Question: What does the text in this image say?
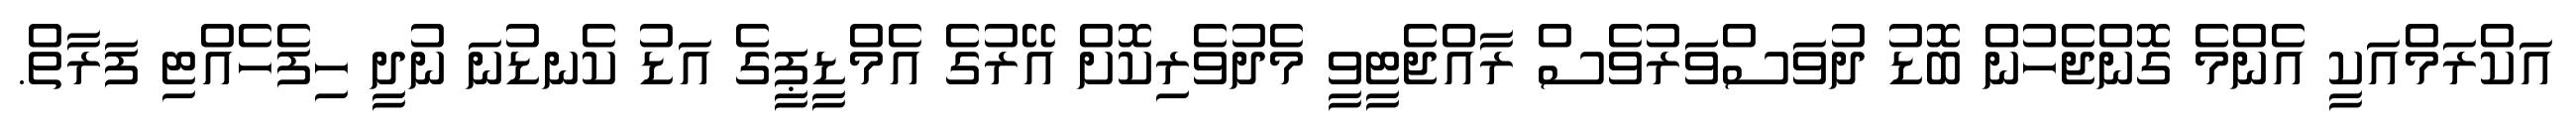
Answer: އަކްރަމްއަކީ އެންމެ ގޮންޖެހުން ބޮޑު ދުވަސްވަރުވެސް ރާއްޖެޓީވީ މެދުވެރިކޮށް އޭރުގެ އެމްޑީޕީގެ އަޑު ކެނޑުނަ ނުދީ ހިފެހެއްޓި ފަރާތް.